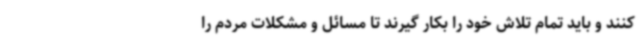
کنند و باید تمام تلاش خود را بکار گیرند تا مسائل و مشکلات مردم را